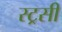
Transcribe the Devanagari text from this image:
स्ट्रसी